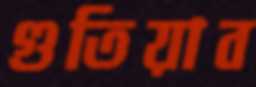
গুতিয়াব